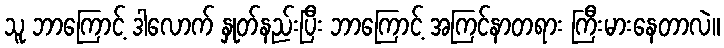
သူ ဘာကြောင့် ဒါလောက် နှုတ်နည်းပြီး ဘာကြောင့် အကြင်နာတရား ကြီးမားနေတာလဲ။